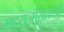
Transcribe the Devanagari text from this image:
महराजांसारखी